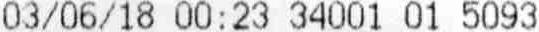
03/06/18 00:23 34001 01 5093